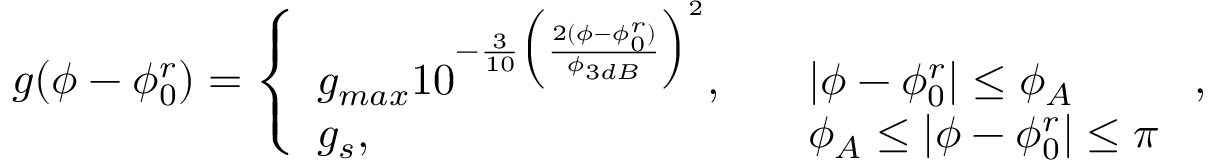
g ( \phi - \phi _ { 0 } ^ { r } ) = \left\{ \begin{array} { l l } { g _ { m a x } 1 0 ^ { - \frac { 3 } { 1 0 } \Big ( \frac { 2 ( \phi - \phi _ { 0 } ^ { r } ) } { \phi _ { 3 d B } } \Big ) ^ { 2 } } , } & { \quad | \phi - \phi _ { 0 } ^ { r } | \leq \phi _ { A } } \\ { g _ { s } , } & { \quad \phi _ { A } \leq | \phi - \phi _ { 0 } ^ { r } | \leq \pi } \end{array} \right. ,